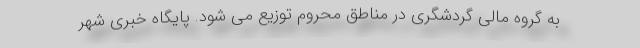
به گروه مالی گردشگری در مناطق محروم توزیع می شود. پایگاه خبری شهر